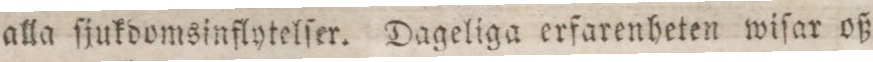
alla ſjukdomsinflytelſer. Dageliga erfarenheten wiſar oß